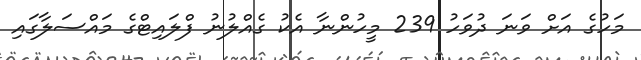
މަހުގެ އަށް ވަނަ ދުވަހު 239 މީހުންނާ އެކު ގެއްލުނު ފްލައިޓްގެ މައްސަލާގައި